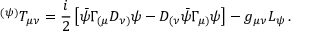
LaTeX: { } ^ { ( \psi ) } T _ { \mu \nu } = \frac { i } { 2 } \left[ \bar { \psi } \Gamma _ { ( \mu } D _ { \nu ) } \psi - D _ { ( \nu } \bar { \psi } \Gamma _ { \mu ) } \psi \right] - g _ { \mu \nu } L _ { \psi } \, .